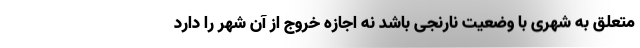
متعلق به شهری با وضعیت نارنجی باشد نه اجازه خروج از آن شهر را دارد